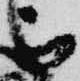
被